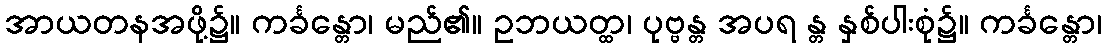
အာယတနအဖို့၌။ ကင်္ခန္တော၊ မည်၏။ ဥဘယတ္ထ၊ ပုဗ္ဗန္တ အပရ န္တ နှစ်ပါးစုံ၌။ ကင်္ခန္တော၊